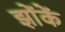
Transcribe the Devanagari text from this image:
झोंकें